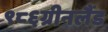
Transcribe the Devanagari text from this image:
९८६ग्रीनलैंड